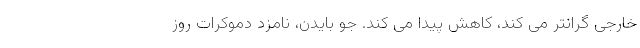
خارجی گرانتر می کند، کاهش پیدا می کند. جو بایدن، نامزد دموکرات روز